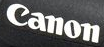
Canon